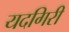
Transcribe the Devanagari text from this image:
यदगिरी